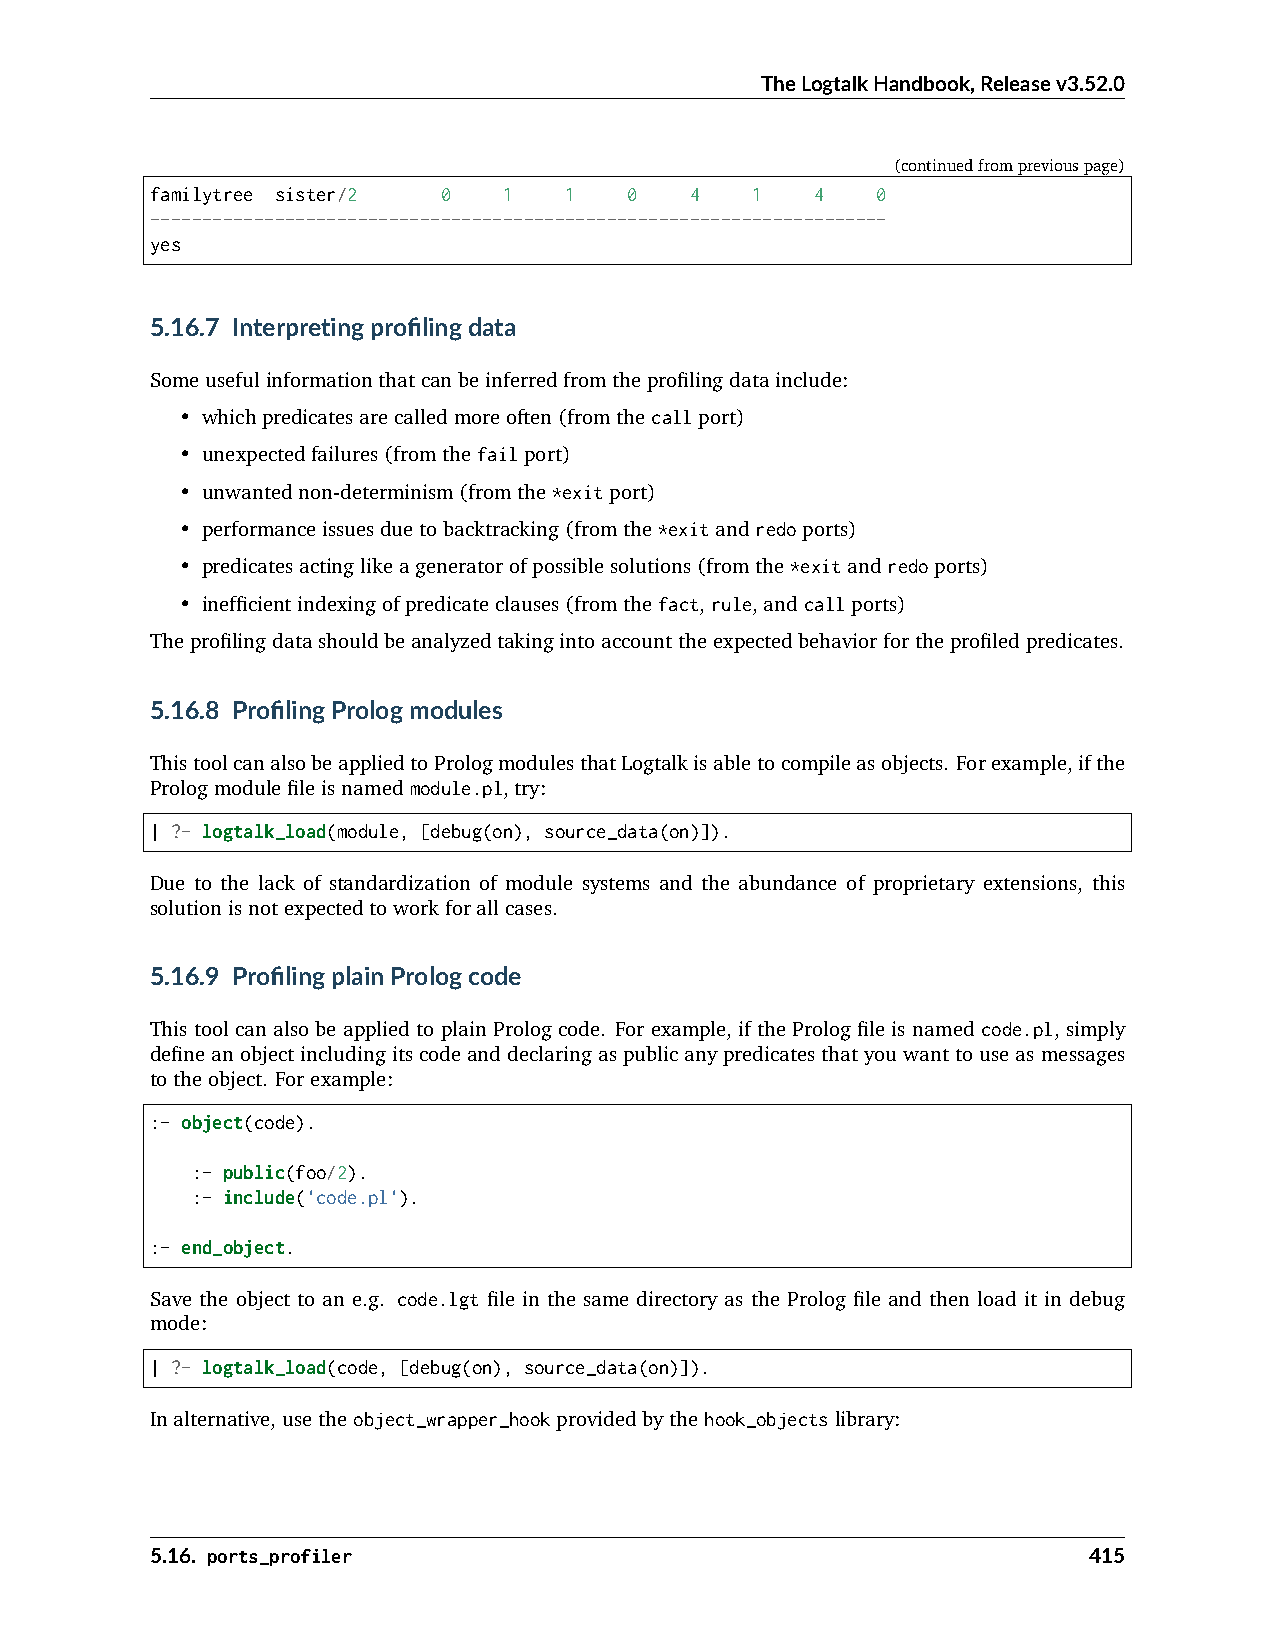
TheLogtalkHandbook,Releasev3.52.0
 (continuedfrompreviouspage)
 familytree sister/2 0  1   1    0   4   1   4   0
 -----------------------------------------------------------------------
 yes
 5.16.7 Interpretingprofilingdata
 Someusefulinformationthatcanbeinferredfromtheprofilingdatainclude:
 • whichpredicatesarecalledmoreoften(fromthecallport)
 • unexpectedfailures(fromthefailport)
 • unwantednon-determinism(fromthe*exitport)
 • performanceissuesduetobacktracking(fromthe*exitandredoports)
 • predicatesactinglikeageneratorofpossiblesolutions(fromthe*exitandredoports)
 • inefficientindexingofpredicateclauses(fromthefact,rule,andcallports)
 Theprofilingdatashouldbeanalyzedtakingintoaccounttheexpectedbehaviorfortheprofiledpredicates.
 5.16.8 ProfilingPrologmodules
 ThistoolcanalsobeappliedtoPrologmodulesthatLogtalkisabletocompileasobjects. Forexample,ifthe
 Prologmodulefileisnamedmodule.pl,try:
 | ?- logtalk_load(module, [debug(on), source_data(on)]).
 Due to the lack of standardization of module systems and the abundance of proprietary extensions, this
 solutionisnotexpectedtoworkforallcases.
 5.16.9 ProfilingplainPrologcode
 This tool can also be applied to plain Prolog code. For example, if the Prolog file is named code.pl, simply
 defineanobjectincludingitscodeanddeclaringaspublicanypredicatesthatyouwanttouseasmessages
 totheobject. Forexample:
 :- object(code).
 :- public(foo/2).
 :- include('code.pl').
 :- end_object.
 Save the object to an e.g. code.lgt file in the same directory as the Prolog file and then load it in debug
 mode:
 | ?- logtalk_load(code, [debug(on), source_data(on)]).
 Inalternative,usetheobject_wrapper_hookprovidedbythehook_objectslibrary:
 5.16. ports_profiler                                          415